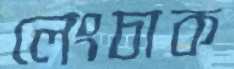
লেংচাক